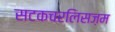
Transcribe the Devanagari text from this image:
सटकचरलिसज़म